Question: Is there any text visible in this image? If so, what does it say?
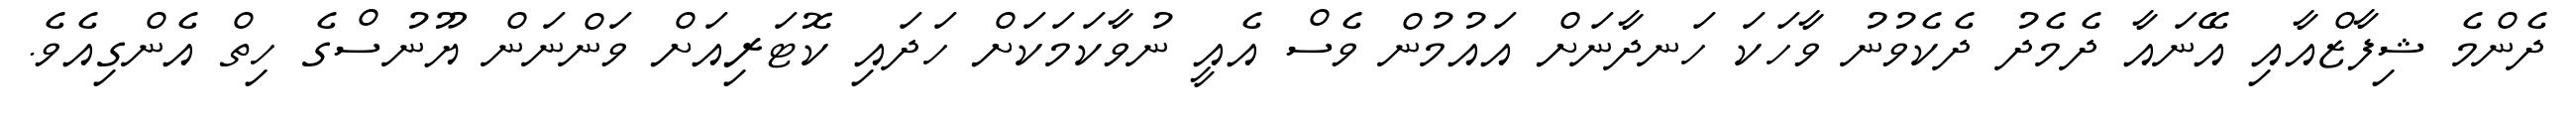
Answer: ދެންމެ ޝިފާޒްއާއި އޭނައާ ދެމެދު ދެކެވުނު ވާހަކަ ހަނދާނަށް އައުމުން ވެސް އެއީ ނުވާކަމަކަށް ހަދައި ކޮޓަރިއަށް ވަންނަން ޔޫނުސްގެ ހިތް އެންގިއެވެ.